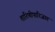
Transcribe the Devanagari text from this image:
तारिणीपारिजात